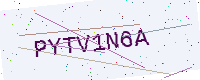
Text: PYTV1N6A